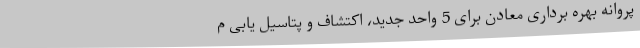
پروانه بهره برداری معادن برای 5 واحد جدید، اکتشاف و پتاسیل یابی م